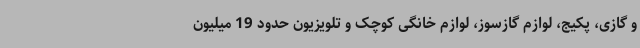
و گازی، پکیج، لوازم گازسوز، لوازم خانگی کوچک و تلویزیون حدود 19 میلیون